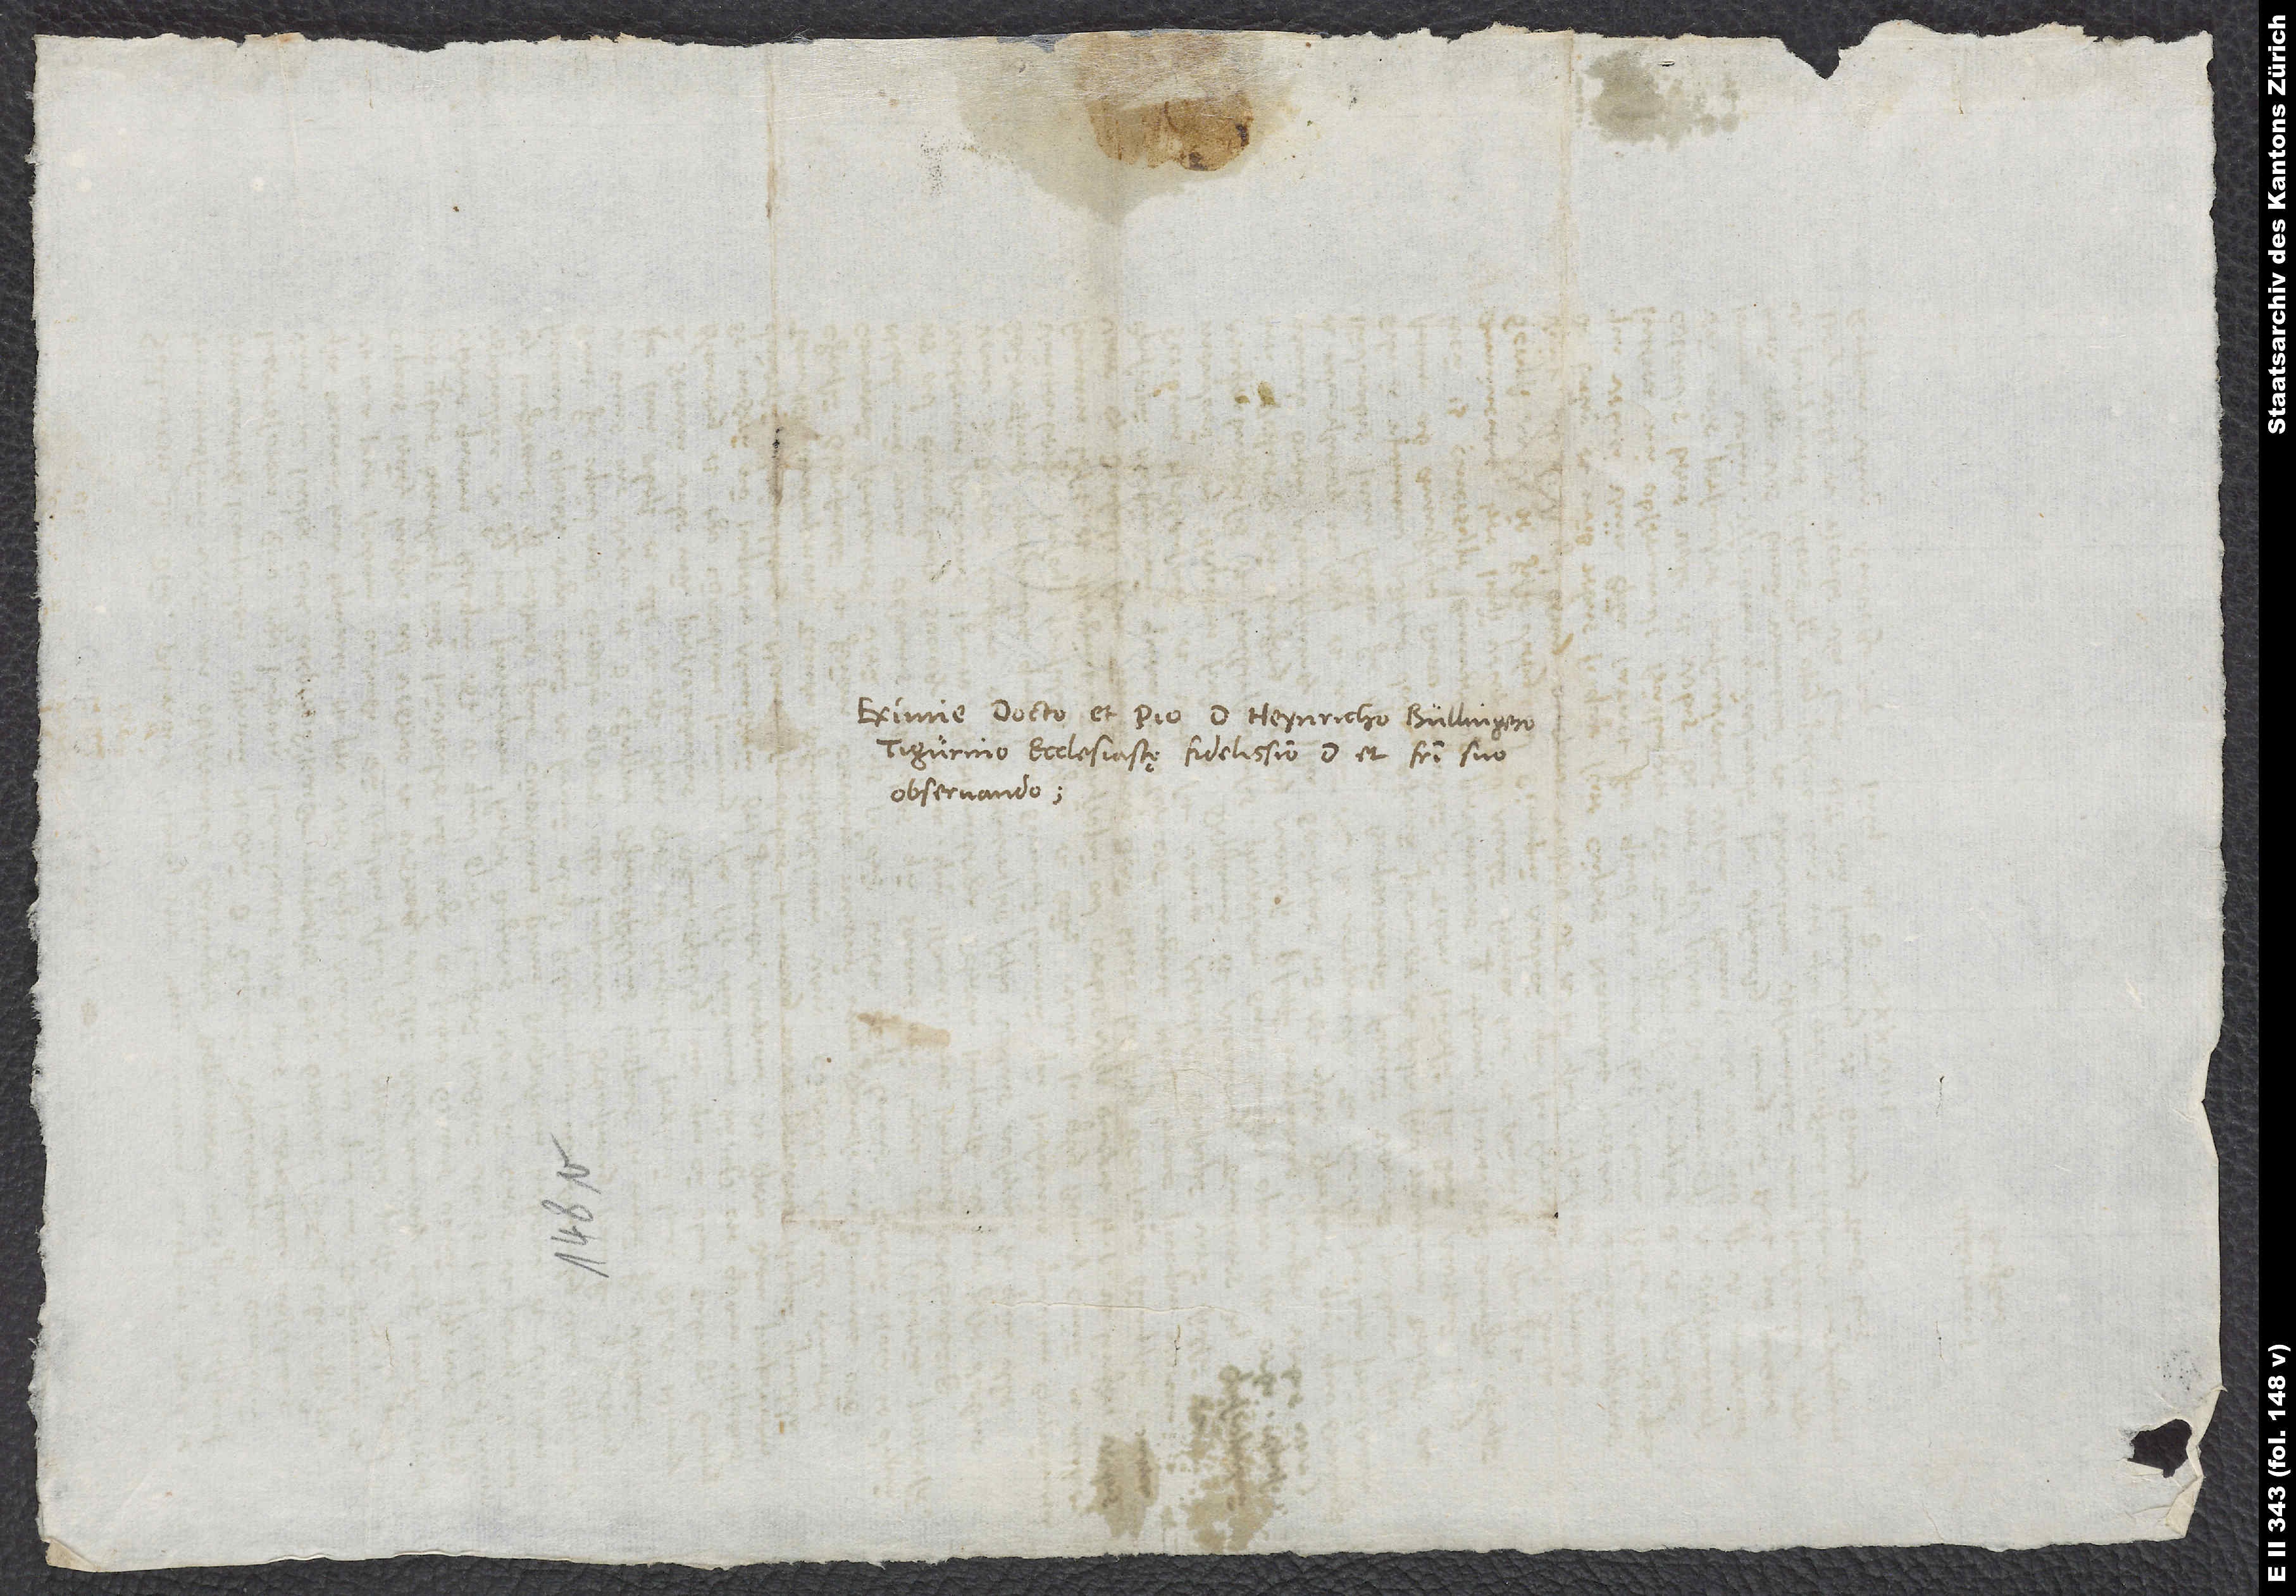
Eximie docto et pio d. Heynricho Bullingero,
Tigurino ecclesiastę fidelissimo, domino et fratri suo
observando.